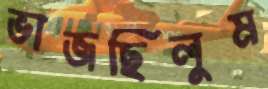
ভাজছিলুম